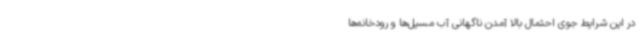
در این شرایط جوی احتمال بالا آمدن ناگهانی آب مسیل‌ها و رودخانه‌ها